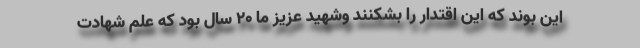
این بوند که این اقتدار را بشکنند وشهید عزیز ما 20 سال بود که علم شهادت